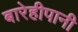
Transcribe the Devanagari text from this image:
बारेहीपानी